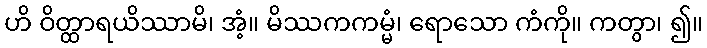
ဟိ ဝိတ္ထာရယိဿာမိ၊ အံ့။ မိဿကကမ္မံ၊ ရောသော ကံကို။ ကတွာ၊ ၍။